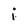
Character: j